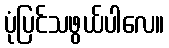
ပုံပြင်သဖွယ်ပါလေ။